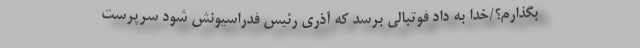
بگذارم؟/خدا به داد فوتبالی برسد که آذری رئیس فدراسیونش شود سرپرست